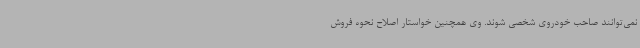
نمی‌توانند صاحب خودروی شخصی شوند. وی همچنین خواستار اصلاح نحوه فروش